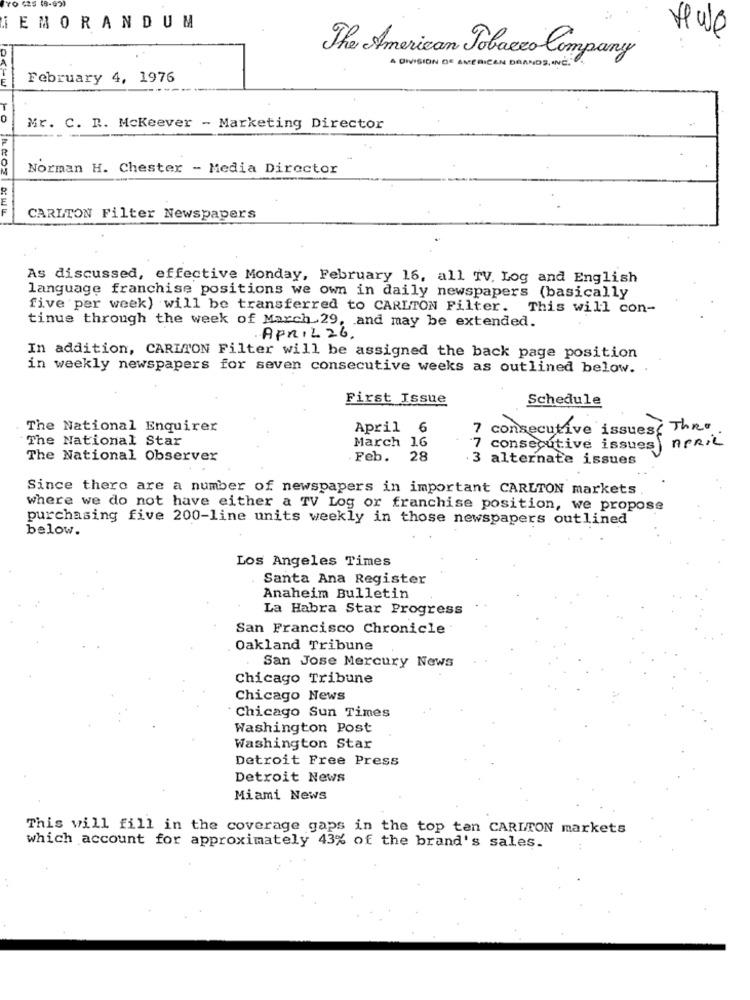
IEMORANDUM
Heale
D
The American Tobacco Company
A DIVISION OF AMERICAN BRANDS INC.
E
February 4, 1976
10
Mr. C. R. Mckeever - Marketing Director
Norman H. Chester - Media Director
CARLTON Filter Newspapers
As discussed, effective Monday, February 16, all TV, Log and English
language franchise positions we own in daily newspapers (basically
five per week) will be transferred to CARLTON Filter. This will con-
tinus through the week of March 29, and may be extended.
APRIL 26.
In addition, CARLTON Filter will be assigned the back page position
in weekly newspapers for seven consecutive weeks as outlined below.
First Issue
Schedule
The National Enquirer
April 6
7 consecutive issues
se Thro
The National Star
March 16
7 consecutive issues) APRIL
The National Observer
Feb.
28
· 3 alternate issues
Since there are a number of newspapers in important CARLTON markets
where we do not have either a TV Log or franchise position, we propose
purchasing five 200-line units weekly in those newspapers outlined
below.
Los Angeles Times
Santa Ana Register
Anaheim Bulletin
La Habra Star Progress
San Francisco Chronicle
Oakland Tribune
San Jose Mercury News
Chicago Tribune
Chicago News
Chicago Sun Times
Washington Post
Washington Star
Detroit Free Press
Detroit News
Miami News
This will fill in the coverage gaps in the top ten CARLTON markets
which account for approximately 43% of the brand's sales.